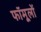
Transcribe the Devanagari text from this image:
फॉमूलों